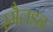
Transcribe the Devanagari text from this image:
स्मैलडन